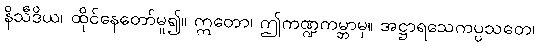
နိသီဒိယ၊ ထိုင်နေတော်မူ၍။ ဣတော၊ ဤကဏ္ဍကမ္ဘာမှ။ အဋ္ဌာရသေကပ္ပသတေ၊